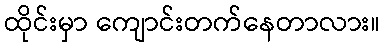
ထိုင်းမှာ ကျောင်းတက်နေတာလား။